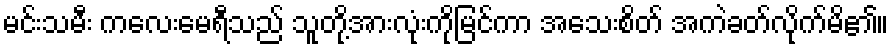
မင်းသမီး ကလေးမေရီသည် သူတို့အားလုံးကိုမြင်ကာ အသေးစိတ် အကဲခတ်လိုက်မိ၏။